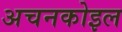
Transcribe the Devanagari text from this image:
अचनकोइल